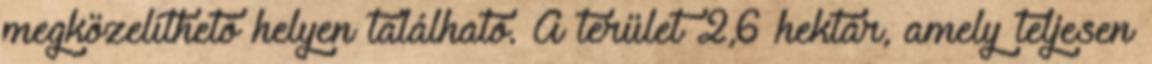
megközelíthető helyen található. A terület 2,6 hektár, amely teljesen